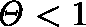
\mathit { \Theta } < 1